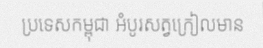
ប្រទេសកម្ពុជា អំបូរសត្វក្រៀលមាន